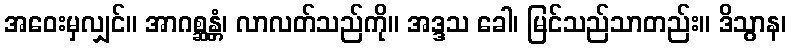
အဝေးမှလျှင်။ အာဂစ္ဆန္တံ၊ လာလတ်သည်ကို။ အဒ္ဒသ ခေါ၊ မြင်သည်သာတည်း။ ဒိသွာန၊